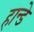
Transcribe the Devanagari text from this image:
हान्डे